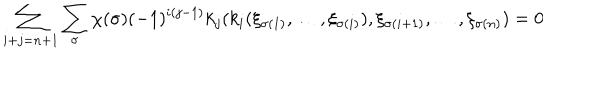
LaTeX: \sum _ { i + j = n + 1 } \sum _ { \sigma } \chi ( \sigma ) ( - 1 ) ^ { i ( j - 1 ) } k _ { j } ( k _ { i } ( \xi _ { \sigma ( 1 ) } , \dots , \xi _ { \sigma ( i ) } ) , \xi _ { \sigma ( i + 1 ) } , \dots , \xi _ { \sigma ( n ) } ) = 0